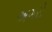
અગરો